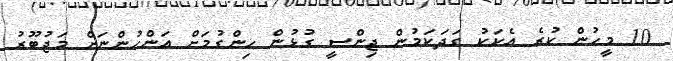
10 މީހުން ކުރެ އެކަކު ގަދަކަމުން ޖިންސީ ގުޅުން ހިންގުމަށް އަންހުންނަށް މަޖުބޫރު